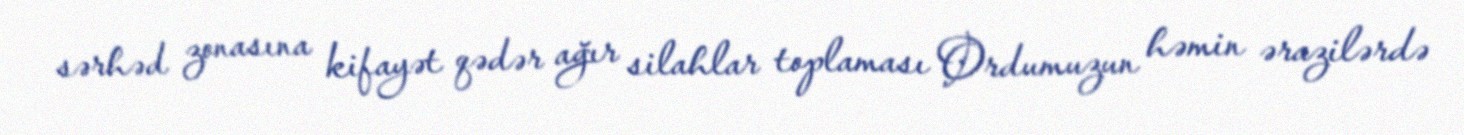
sərhəd zonasına kifayət qədər ağır silahlar toplaması Ordumuzun həmin ərazilərdə